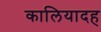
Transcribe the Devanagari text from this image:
कालियादह